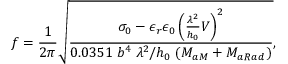
f = \frac { 1 } { 2 \pi } \sqrt { \frac { \sigma _ { 0 } - \epsilon _ { r } \epsilon _ { 0 } \left( \frac { \lambda ^ { 2 } } { h _ { 0 } } V \right) ^ { 2 } } { 0 . 0 3 5 1 \; b ^ { 4 } \; \lambda ^ { 2 } / h _ { 0 } \; ( M _ { a M } + M _ { a R a d } ) } } ,